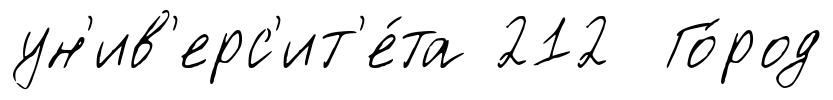
ун'ив'ерс'ит'е́та 212 Го́род